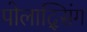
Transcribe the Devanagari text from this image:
पोलाद्सिंग